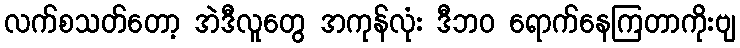
လက်စသတ်တော့ အဲဒီလူတွေ အကုန်လုံး ဒီဘဝ ရောက်နေကြတာကိုးဗျ